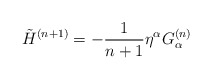
\begin{align*}\tilde{H}^{(n+1)}=-\frac{1}{n+1} \eta^\alpha G_\alpha^{(n)} \end{align*}